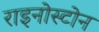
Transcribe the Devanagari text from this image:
राइनोस्टोन